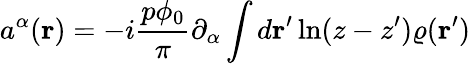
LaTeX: a^{\alpha}({\mathbf r})=-i\frac{p\phi_{0}}{\pi}\partial_{\alpha}\int d{\mathbf r^{\prime}}\ln(z-z^{\prime})\varrho({\mathbf r^{\prime}})